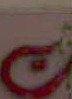
ت